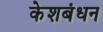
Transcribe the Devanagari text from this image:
केशबंधन